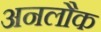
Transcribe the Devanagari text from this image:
अनलौक